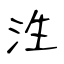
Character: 泩